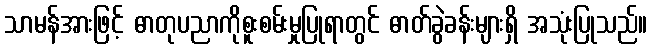
သာမန်အားဖြင့် ဓာတုပညာကိုစူးစမ်းမှုပြုရာတွင် ဓာတ်ခွဲခန်းများရှိ အသုံးပြုသည်။